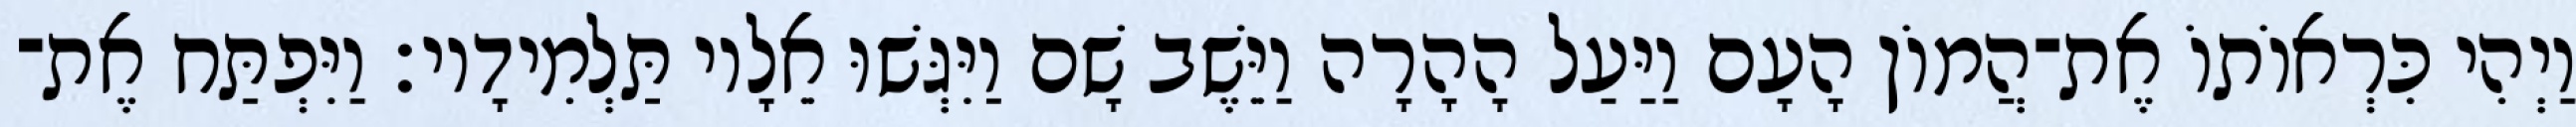
וַיְהִי כִּרְאוֹתוֹ אֶת־הֲמוֹן הָעָם וַיַּעַל הָהָרָה וַיֵּשֶׁב שָׁם וַיִּגְּשׁוּ אֵלָיו תַּלְמִידָיו׃ וַיִּפְתַּח אֶת־